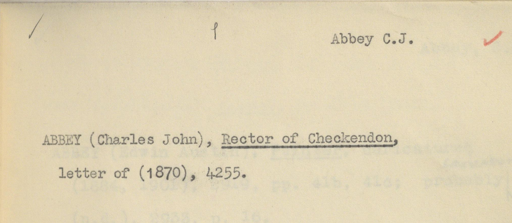
Label: content